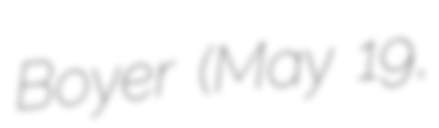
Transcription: Boyer (May 19,